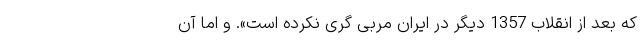
که بعد از انقلاب 1357 دیگر در ایران مربی گری نکرده است». و اما آن